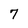
Character: 7